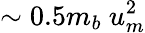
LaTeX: \sim 0.5m_{b}\ u_{m}^{2}